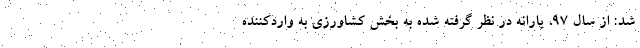
شد: از سال 97، یارانه در نظر گرفته شده به بخش کشاورزی به واردکننده